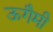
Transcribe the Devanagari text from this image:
ऊगैमी